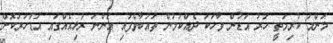
މަންމަ ކުރިމަތީ ހަރު އަޑުން ވާހަކަ ދެއްކުމުން ތައުބާވެފައި އަންނަ ރުޅިއެއްގައި އަޑުހަރުކޮށް